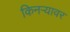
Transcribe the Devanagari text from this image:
किनऱ्यावर